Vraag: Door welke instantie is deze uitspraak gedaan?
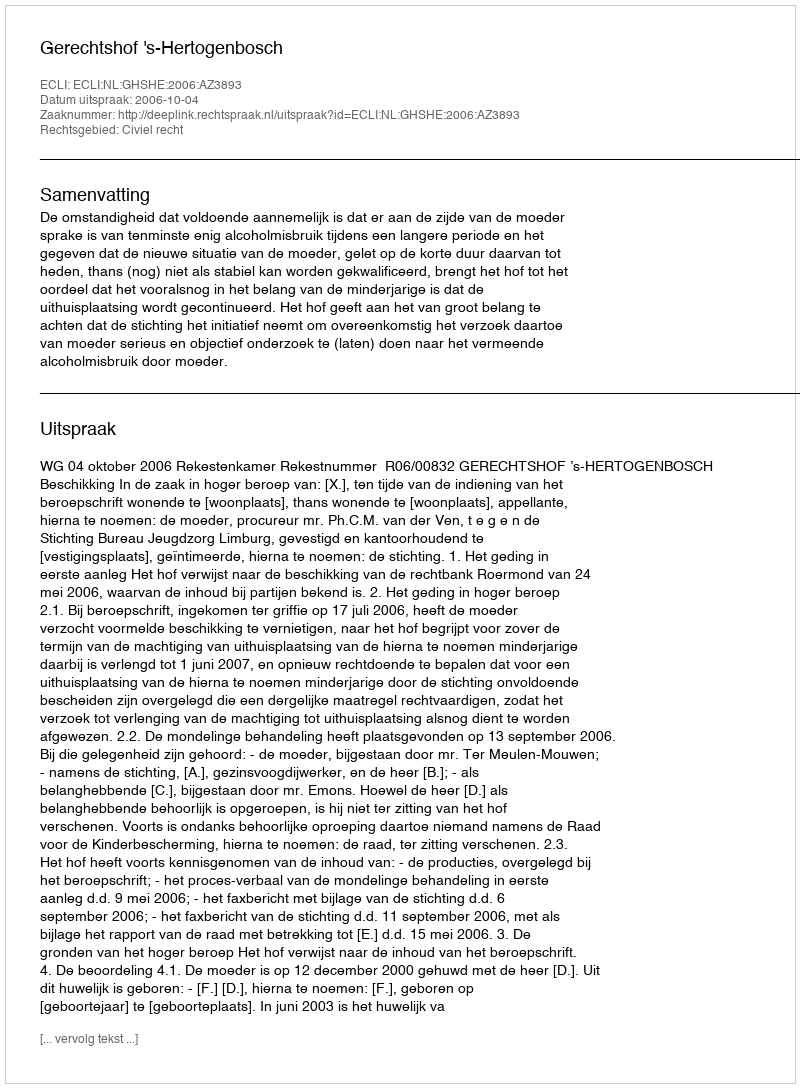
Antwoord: Gerechtshof 's-Hertogenbosch